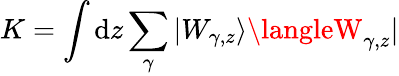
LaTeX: K=\int\mathrm{d}z\sum_{\gamma}|W_{\gamma,z}\rangle\langleW_{\gamma,z}|